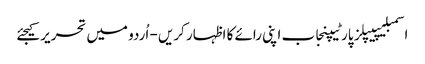
اسمبلیپیپلز پارٹیپنجاب اپنی رائے کا اظہار کریں - اُردو میں تحریر کیجئے